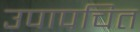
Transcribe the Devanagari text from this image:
उपापचित